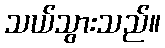
သယ်သွားသည်။